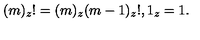
( m ) _ { z } ! = ( m ) _ { z } ( m - 1 ) _ { z } ! , 1 _ { z } = 1 .